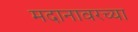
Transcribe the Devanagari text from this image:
मदानावरच्या